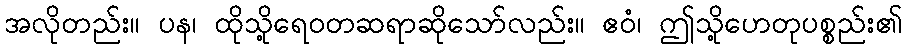
အလိုတည်း။ ပန၊ ထိုသို့ရေဝတဆရာဆိုသော်လည်း။ ဧဝံ၊ ဤသို့ဟေတုပစ္စည်း၏